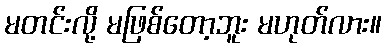
မတင်းလို့ မဖြစ်တော့ဘူး မဟုတ်လား။